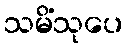
သမိံသုပေ